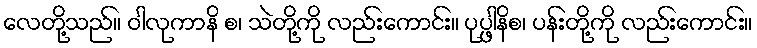
လေတို့သည်။ ဝါလုကာနိ စ၊ သဲတို့ကို လည်းကောင်း။ ပုပ္ဖါနိစ၊ ပန်းတို့ကို လည်းကောင်း။